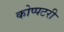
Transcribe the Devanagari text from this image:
कोप्पटरी